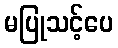
မပြုသင့်ပေ